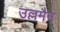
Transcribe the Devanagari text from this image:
उल्लमैन